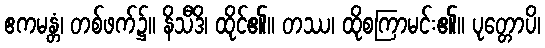
ဧကမန္တံ၊ တစ်ဖက်၌။ နိသီဒိ၊ ထိုင်၏။ တဿ၊ ထိုစကြာမင်း၏။ ပုတ္တောပိ၊